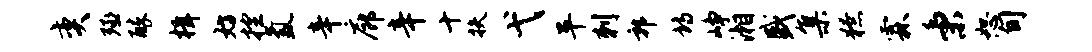
奕殛醉楫妨控氲辛廊辛十扶弋平刺郭诗峥湘盛集獠霖秉恕旬